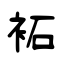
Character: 袥